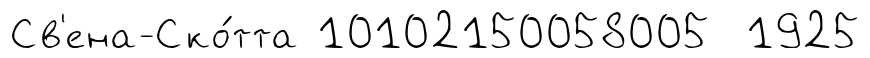
Св'ена-Ско́тта 10102150058005 1925